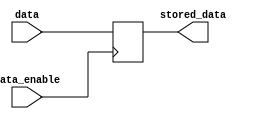
module DataEnableLatch (
    input wire data,
    input wire data_enable,
    output reg stored_data
);

always @(posedge data_enable) begin
    if(data_enable) begin
      stored_data <= data;
    end
end

endmodule